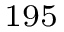
^ { 1 9 5 }